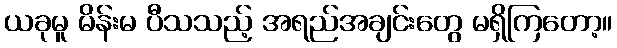
ယခုမူ မိန်းမ ပီသသည့် အရည်အချင်းတွေ မရှိကြတော့။